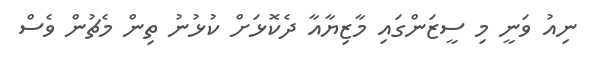
ނިއު ވަނީ މި ސީޒަންގައި މާޒިޔާއާ ދެކޮޅަށް ކުޅުނު ތިން މެޗުން ވެސް